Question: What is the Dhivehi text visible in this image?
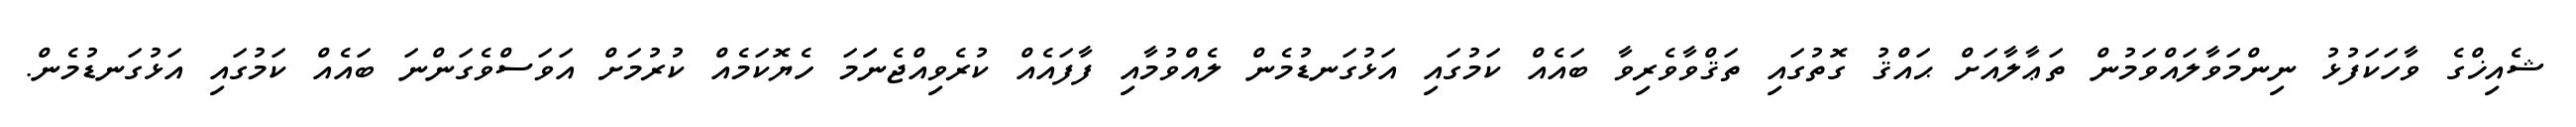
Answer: ޝެއިޚްގެ ވާހަކަފުޅު ނިންމަވާލައްވަމުން ތަޢާލާއަށް ޙައްޤު ގޮތުގައި ތަޤްވާވެރިވާ ބައެއް ކަމުގައި އަޅުގަނޑުމެން ލެއްވުމާއި ފާފައެއް ކުރެވިއްޖެނަަމަ ހެޔޮކަމެއް ކުރުމަށް އަވަސްވެގަންނަ ބައެއް ކަމުގައި އަޅުގަނޑުމެން.